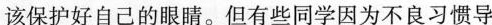
该保护好自己的眼睛。但有些同学因为不良习惯导